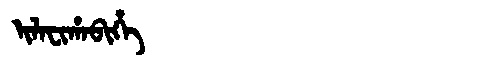
Manchu: ᡳᠯᠠᠸᡳᡥᠠᠪᡳᡥᡝ
Romanization: ILAFIHABIHE